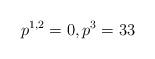
LaTeX: \begin{align*}p^{1,2}=0, p^{3}=33\end{align*}